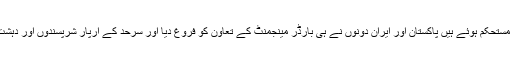
ایران کے حوالے سے وزیرخارجہ نے کہاکہ ایران پاکستان اعلیٰ سطحی دو طرفہ دوروں سے تعلقات مزید مستحکم ہوئے ہیں پاکستان اور ایران دونوں نے ہی بارڈر مینجمنٹ کے تعاون کو فروغ دیا اور سرحد کے آرپار شرپسندوں اور دہشت گردوں کی حرکات کو بارڈر منیجمنٹ سے ہی روکا گیا جب کہ ایران نے پاکستان کے اقدامات کو سراہا۔